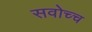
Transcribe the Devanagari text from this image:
सवोच्च